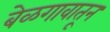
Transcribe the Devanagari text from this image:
बेळगावातून